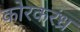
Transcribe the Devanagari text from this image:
कोरकरंध्र